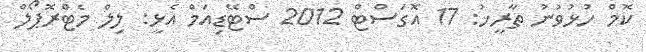
ކޮމް ހުޅުވުނު ތާރީޚު: 17 އޮގަސްޓް 2012 ސްޓޭޑިއަމް އެޅީ: ލިލް މެޓްރޮޕޯލް